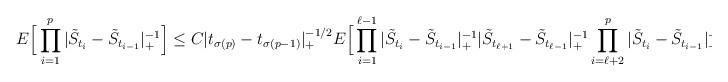
LaTeX: \begin{align*}E\Big[ \prod_{i=1}^p |\tilde{S}_{t_i}-\tilde{S}_{t_{i-1}} |_+^{-1} \Big] \le C |t_{\sigma(p)}-t_{\sigma(p-1)} |_+^{-1/2} E \Big[ \prod_{i=1}^{\ell-1} |\tilde{S}_{t_i}-\tilde{S}_{t_{i-1}} |_+^{-1} |\tilde{S}_{t_{\ell+1}}-\tilde{S}_{t_{\ell-1}}|_+^{-1} \prod_{i=\ell+2}^p |\tilde{S}_{t_i}-\tilde{S}_{t_{i-1}} |_+^{-1}\Big].\end{align*}